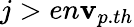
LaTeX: j>en\mathbf{v}_{p.th}